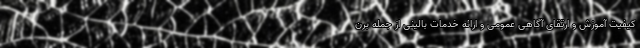
کیفیت آموزش و ارتقای آگاهی عمومی و ارائه خدمات بالینی از جمله برن